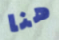
هنا